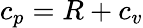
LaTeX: c_{p}=R+c_{v}